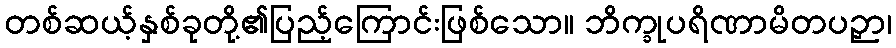
တစ်ဆယ့်နှစ်ခုတို့၏ပြည့်ကြောင်းဖြစ်သော။ ဘိက္ခုပရိဏာမိတပဉှာ၊